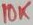
Text: 10K